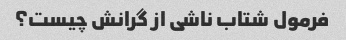
فرمول شتاب ناشی از گرانش چیست؟